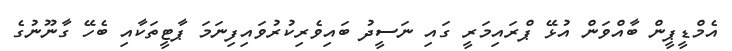
އެމްޑީޕީން ބާއްވަން އުޅޭ ޕްރައިމަރީ ގައި ނަސީދު ބައިވެރިކުރުވައިފިނަމަ ޕާޓީތަކާއި ބެހޭ ގާނޫނުގެ